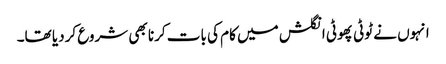
انہوں نے ٹوٹی پھوٹی انگلش میں کام کی بات کرنا بھی شروع کردیا تھا۔